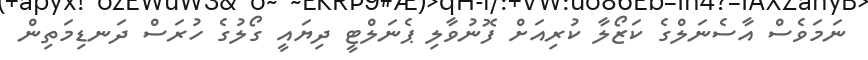
ނަމަވެސް އާސެނަލްގެ ކަޒޯލާ ކުރިއަށް ފޮނުވާލި ޕެނަލްޓީ ދިޔައީ ގޯލުގެ ހުރަސް ދަނޑިމަތިން